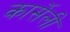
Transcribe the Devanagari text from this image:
कार्सेली